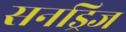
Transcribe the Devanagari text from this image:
सनड्रिज